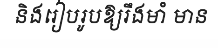
និងរៀបរូបឱ្យរឹងមាំ មាន